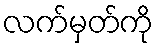
လက်မှတ်ကို